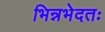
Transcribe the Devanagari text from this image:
भिन्नभेदतः